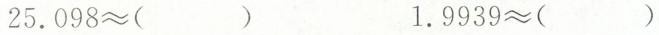
$$2 5 . 0 9 8 ≈（ ）$$ $$1 . 9 9 3 9 ≈（ ）$$